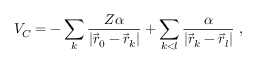
V _ { C } = - \sum _ { k } \frac { Z \alpha } { | \vec { r } _ { 0 } - \vec { r } _ { k } | } + \sum _ { k < l } \frac { \alpha } { | \vec { r } _ { k } - \vec { r } _ { l } | } \ ,